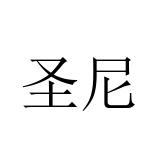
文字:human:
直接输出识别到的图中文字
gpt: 圣尼